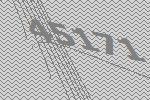
45171